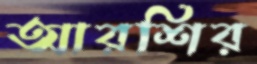
আরশির